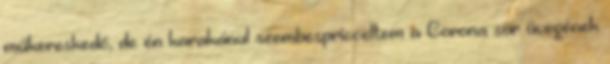
műkereskedő, de én karakánul szembespricceltem a Corona sör üvegének